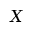
X